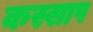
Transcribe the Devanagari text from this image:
कस्साप